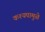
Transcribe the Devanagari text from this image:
कश्यपामुळे